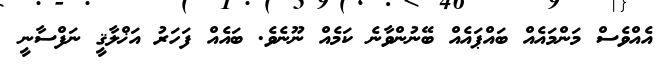
އެއްވެސް މަންމައެއް ބައްޕައެއް ބޭނުންވާނެ ކަމެއް ނޫނެވެ. ބައެއް ފަހަރު އަޚްލާޤީ ނަފްސާނީ